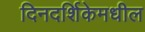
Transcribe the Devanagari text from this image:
दिनदर्शिकेमधील